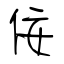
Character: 佞